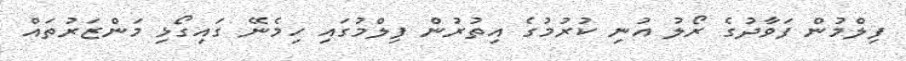
ފިލްމުން ފަވާދުގެ ރޯލު އުނި ކުރުމުގެ އިތުރުން ފިލްމުގައި ހިމެނޭ ގައިގޯޅި މަންޒަރުތައް